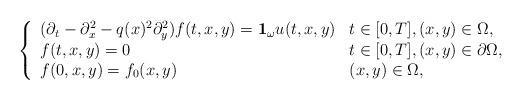
LaTeX: \begin{align*}\left\{\begin{array}{ll}(\partial_t - \partial_x^2 - q(x)^2\partial_y^2)f(t,x,y) = \mathbf 1_\omega u(t,x,y) & t\in [0,T], (x,y)\in \Omega,\\f(t,x,y) = 0 & t \in [0,T], (x,y)\in \partial\Omega,\\f(0,x,y) = f_0(x,y)& (x,y)\in \Omega,\end{array}\right.\end{align*}